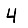
Digit: 4